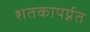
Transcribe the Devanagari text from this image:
शतकापर्य्नत